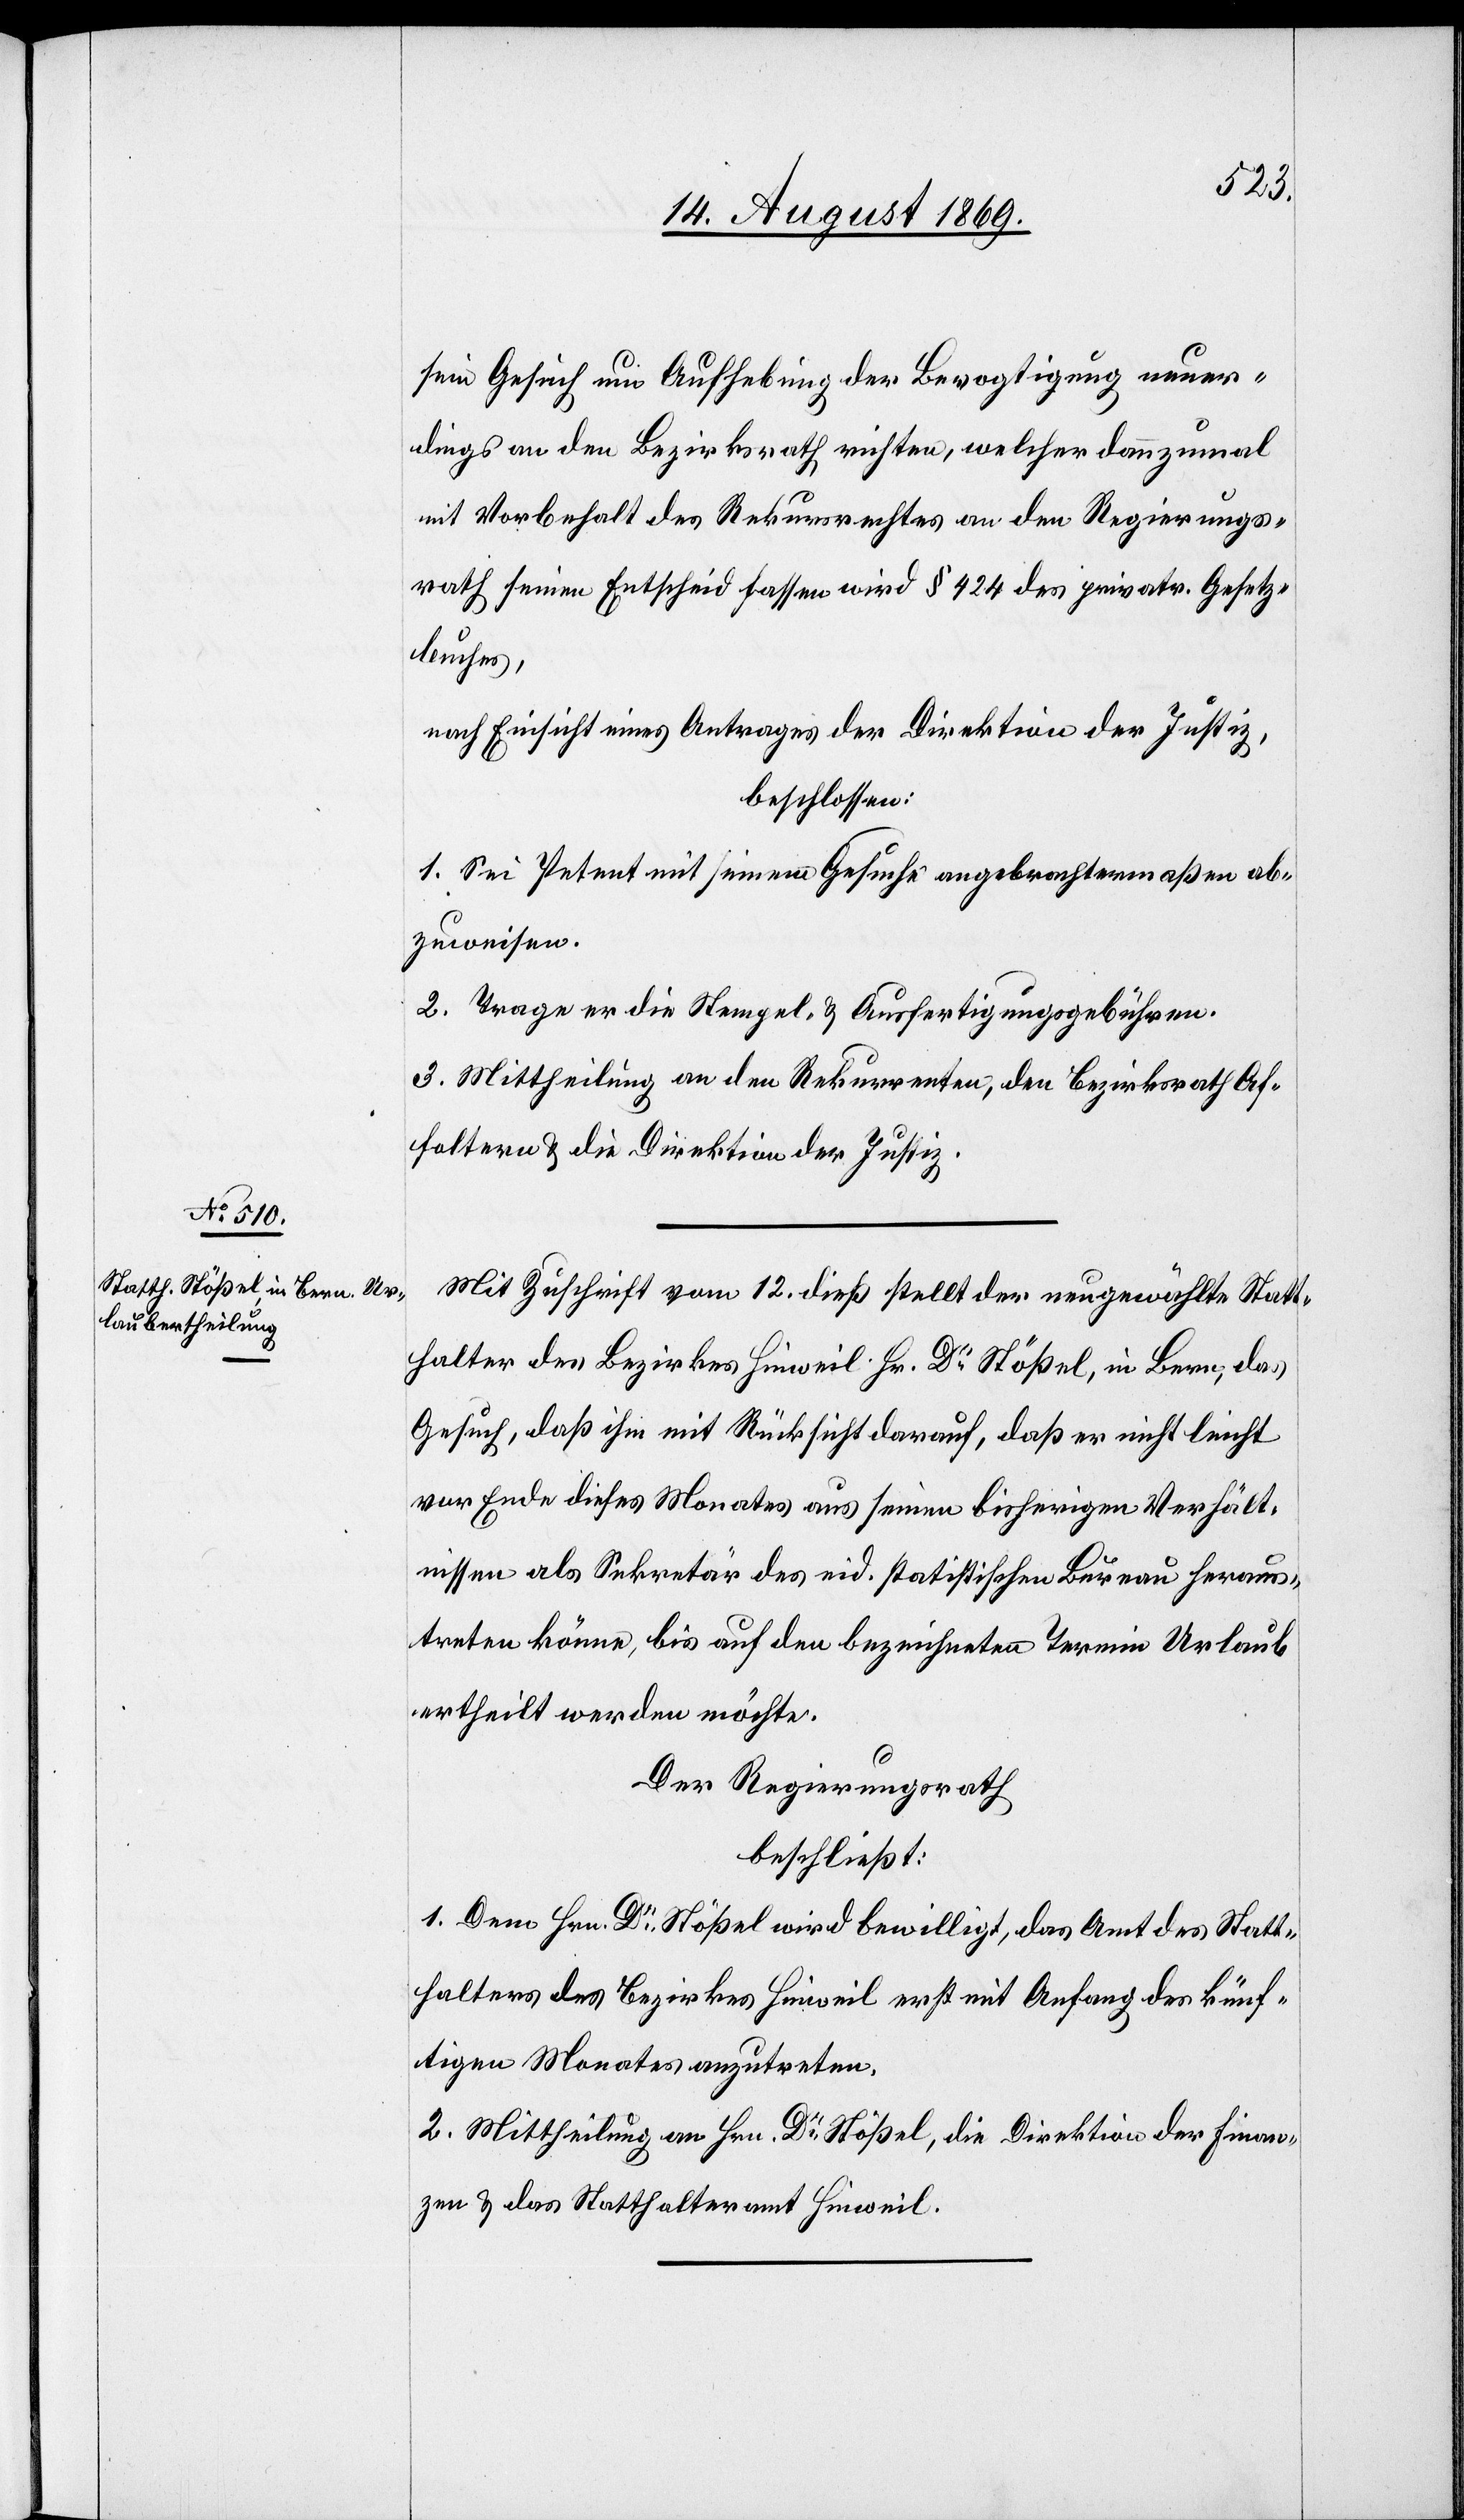
sein Gesuch um Aufhebung der Bevogtigung neuer¬
dings an den Bezirksrath richten, welcher dannzumal
mit Vorbehalt des Rekursrechtes an den Regierungs¬
rath seinen Entscheid fassen wird § 424 des privatr. Gesetz¬
buches
nach Einsicht eines Antrages der Direktion der Justiz,
beschlossen:
1. Sei Petent mit seinem Gesuche angebrachtermaßen ab¬
zuweisen.
2. Trage er die Stempel- & Ausfertigungsgebühren.
3. Mittheilung an den Rekurrenten, den Bezirksrath Af¬
foltern & die Direktion der Justiz.
Mit Zuschrift vom 12. dieß stellt der neugewählte Statt¬
halter des Bezirkes Hinweil Hr. Dr Stößel, in Bern, das
Gesuch, daß ihm mit Rücksicht darauf, daß er nicht leicht
vor Ende dieses Monates aus seinen bisherigen Verhält¬
nissen als Sekretär des eid. statistischen Bureau heraus¬
treten könne, bis auf den bezeichneten Termin Urlaub
ertheilt werden möchte.
Der Regierungsrath
beschließt:
1. Dem Hrn. Dr Stößel wird bewilligt, das Amt des Statt¬
halters des Bezirkes Hinweil erst mit Anfang des künf¬
tigen Monates anzutreten.
2. Mittheilung an Hrn. Dr Stößel, die Direktion der Finan¬
zen & das Statthalteramt Hinweil.